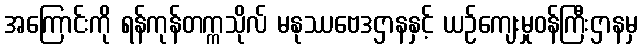
အကြောင်းကို ရန်ကုန်တက္ကသိုလ် မနုဿဗေဒဌာနနှင့် ယဉ်ကျေးမှုဝန်ကြီးဌာနမှ